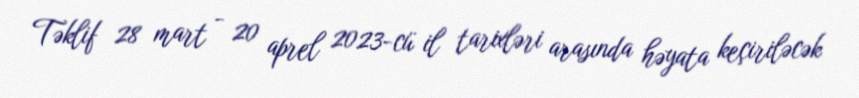
Təklif 28 mart - 20 aprel 2023-cü il tarixləri arasında həyata keçiriləcək